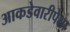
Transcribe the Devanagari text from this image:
आकडेवारीपेक्षा